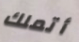
أتملك